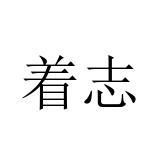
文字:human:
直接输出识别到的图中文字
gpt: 着志